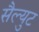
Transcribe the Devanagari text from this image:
सैल्युट